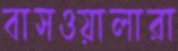
বাসওয়ালারা